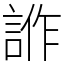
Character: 𧧻